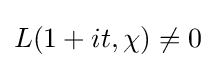
{\textstyle L(1+it,\chi )\neq 0}